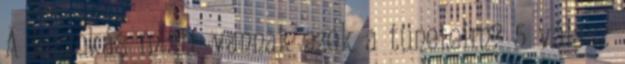
A leszokás miatt vannak ezek a tüneteim? 5 válasz